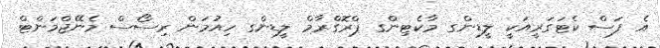
އެ ފަސް ކެޓަގަރީއަކީ ލީޑިންގ މާކެޓިންގ ޕްރޮގްރާމް ލީޑިންގ ހިއުމަން ރިސޯސް މެނޭޖްމަންޓް